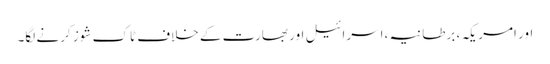
اور امریکہ ، برطانیہ ،اسرائیل اور بھارت کے خلاف ٹاک شوز کرنے لگا۔